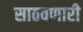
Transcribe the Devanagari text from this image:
साठवणारी